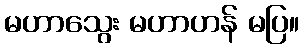
မဟာသွေး မဟာဟန် မပြ။